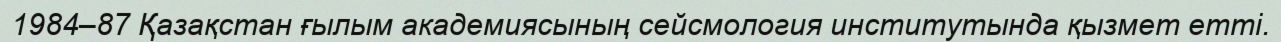
1984–87 Қазақстан ғылым академиясының сейсмология институтында қызмет етті.